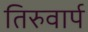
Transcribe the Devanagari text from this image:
तिरुवार्प